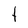
Character: t